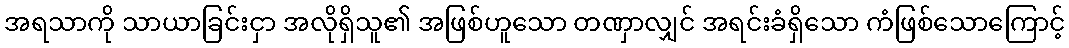
အရသာကို သာယာခြင်းငှာ အလိုရှိသူ၏ အဖြစ်ဟူသော တဏှာလျှင် အရင်းခံရှိသော ကံဖြစ်သောကြောင့်